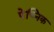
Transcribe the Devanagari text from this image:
पेच्निक